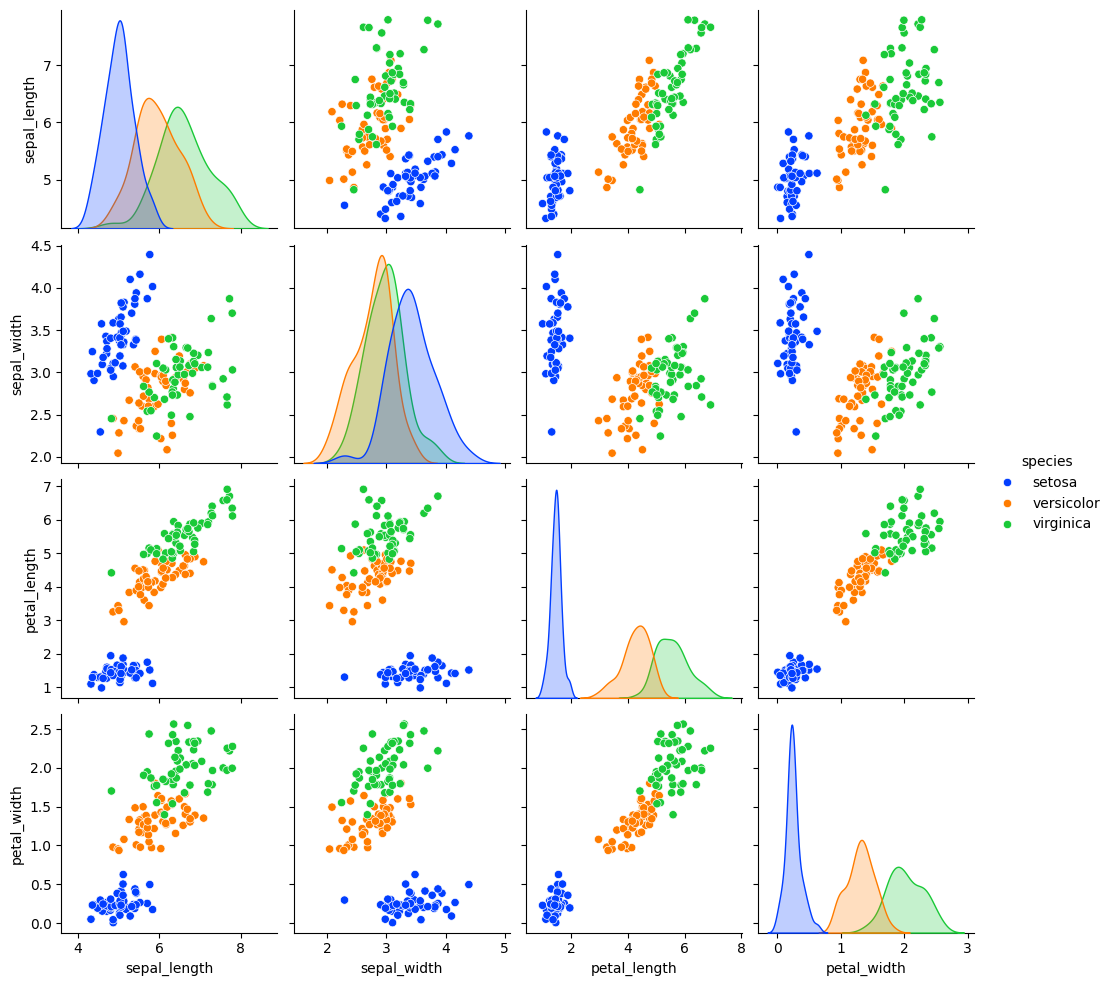
python, seaborn, pairplot, palette='bright', markers=['o'], kind='scatter', diag_kind='auto'